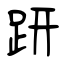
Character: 趼